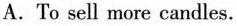
A.To sell more candles.